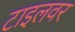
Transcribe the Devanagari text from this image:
टाइलवर